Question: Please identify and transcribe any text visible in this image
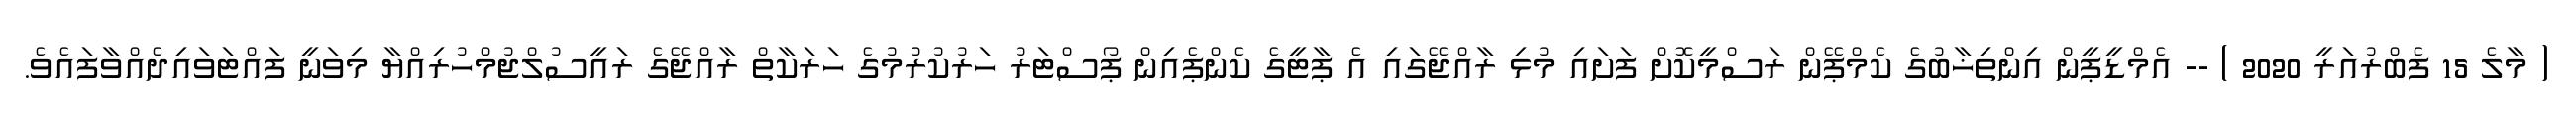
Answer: ( މާލެ 15 ފެބްރުއަރީ 2020 ) -- އެމްޑީޕީން އިންތިޚާބުގެ ކެމްޕޭން ރަސްމީކޮށް ފަށައި މުޅި ރާއްޖޭގައި އެ ޕާޓީގެ ކެންޕެއިން ޕޯސްޓަރު ހަރުކުރުމުގެ ހަރަކާތް ރާއްޖޭގެ ރައީސުލްޖުމްހުރިއްޔާ މިވަނީ ފައްޓަވައިދެއްވާފައެވެ.